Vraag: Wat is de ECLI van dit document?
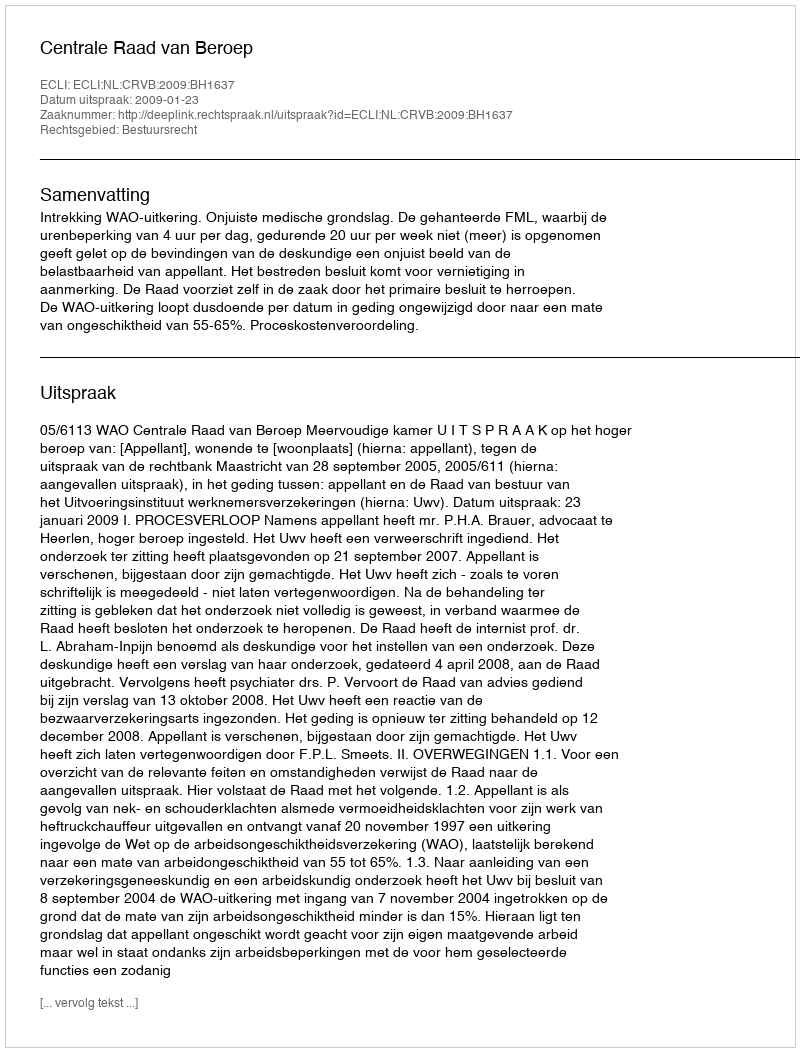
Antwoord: ECLI:NL:CRVB:2009:BH1637